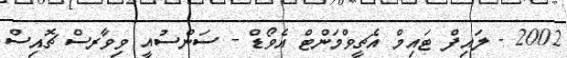
2002 - ލައިފް ޓައިމް އެޗީވްމަންޓް އެވޯޑް - ސަންސުއީ ވިވާރސް ޗޮއިސް